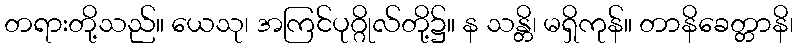
တရားတို့သည်။ ယေသု၊ အကြင်ပုဂ္ဂိုလ်တို့၌။ န သန္တိ၊ မရှိကုန်။ တာနိခေတ္တာနိ၊